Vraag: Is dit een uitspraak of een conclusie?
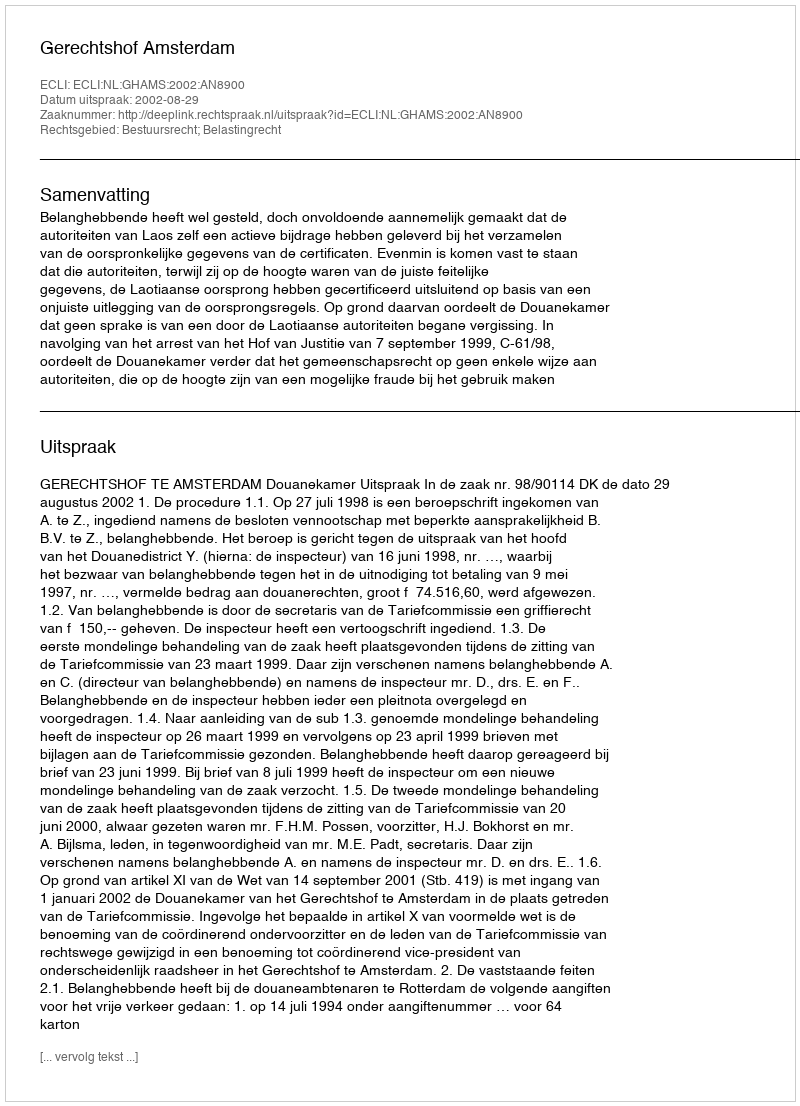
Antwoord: Uitspraak